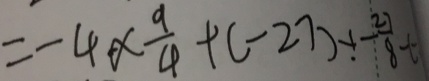
= - 4 \times \frac { 9 } { 4 } + ( - 2 7 ) + - \frac { 8 } { 2 7 } ( -